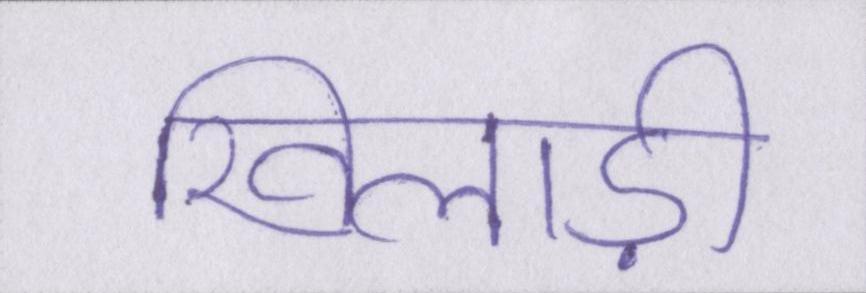
खिलाड़ी